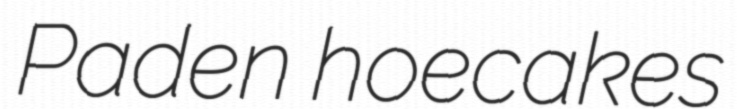
Paden hoecakes